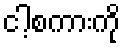
ငါ့စကားကို